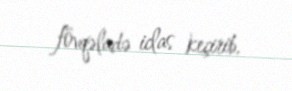
fövqəladə iclas keçirib.